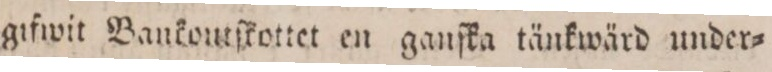
gifwit Bankoutſkottet en ganſka tänkwärd under=